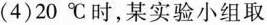
(4)20℃时，某实验小组取